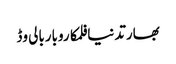
بھارتدنیافلمکاروباربالی وڈ